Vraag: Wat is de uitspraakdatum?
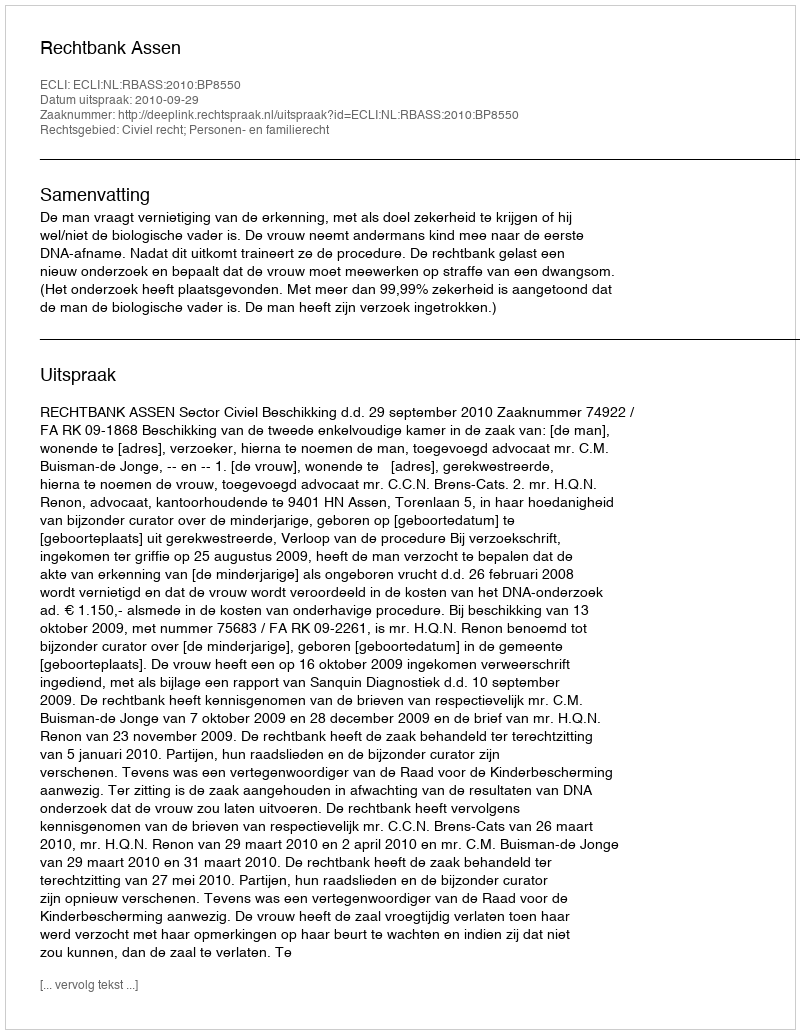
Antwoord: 2010-09-29